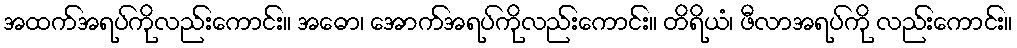
အထက်အရပ်ကိုလည်းကောင်း။ အဓော၊ အောက်အရပ်ကိုလည်းကောင်း။ တိရိယံ၊ ဖီလာအရပ်ကို လည်းကောင်း။